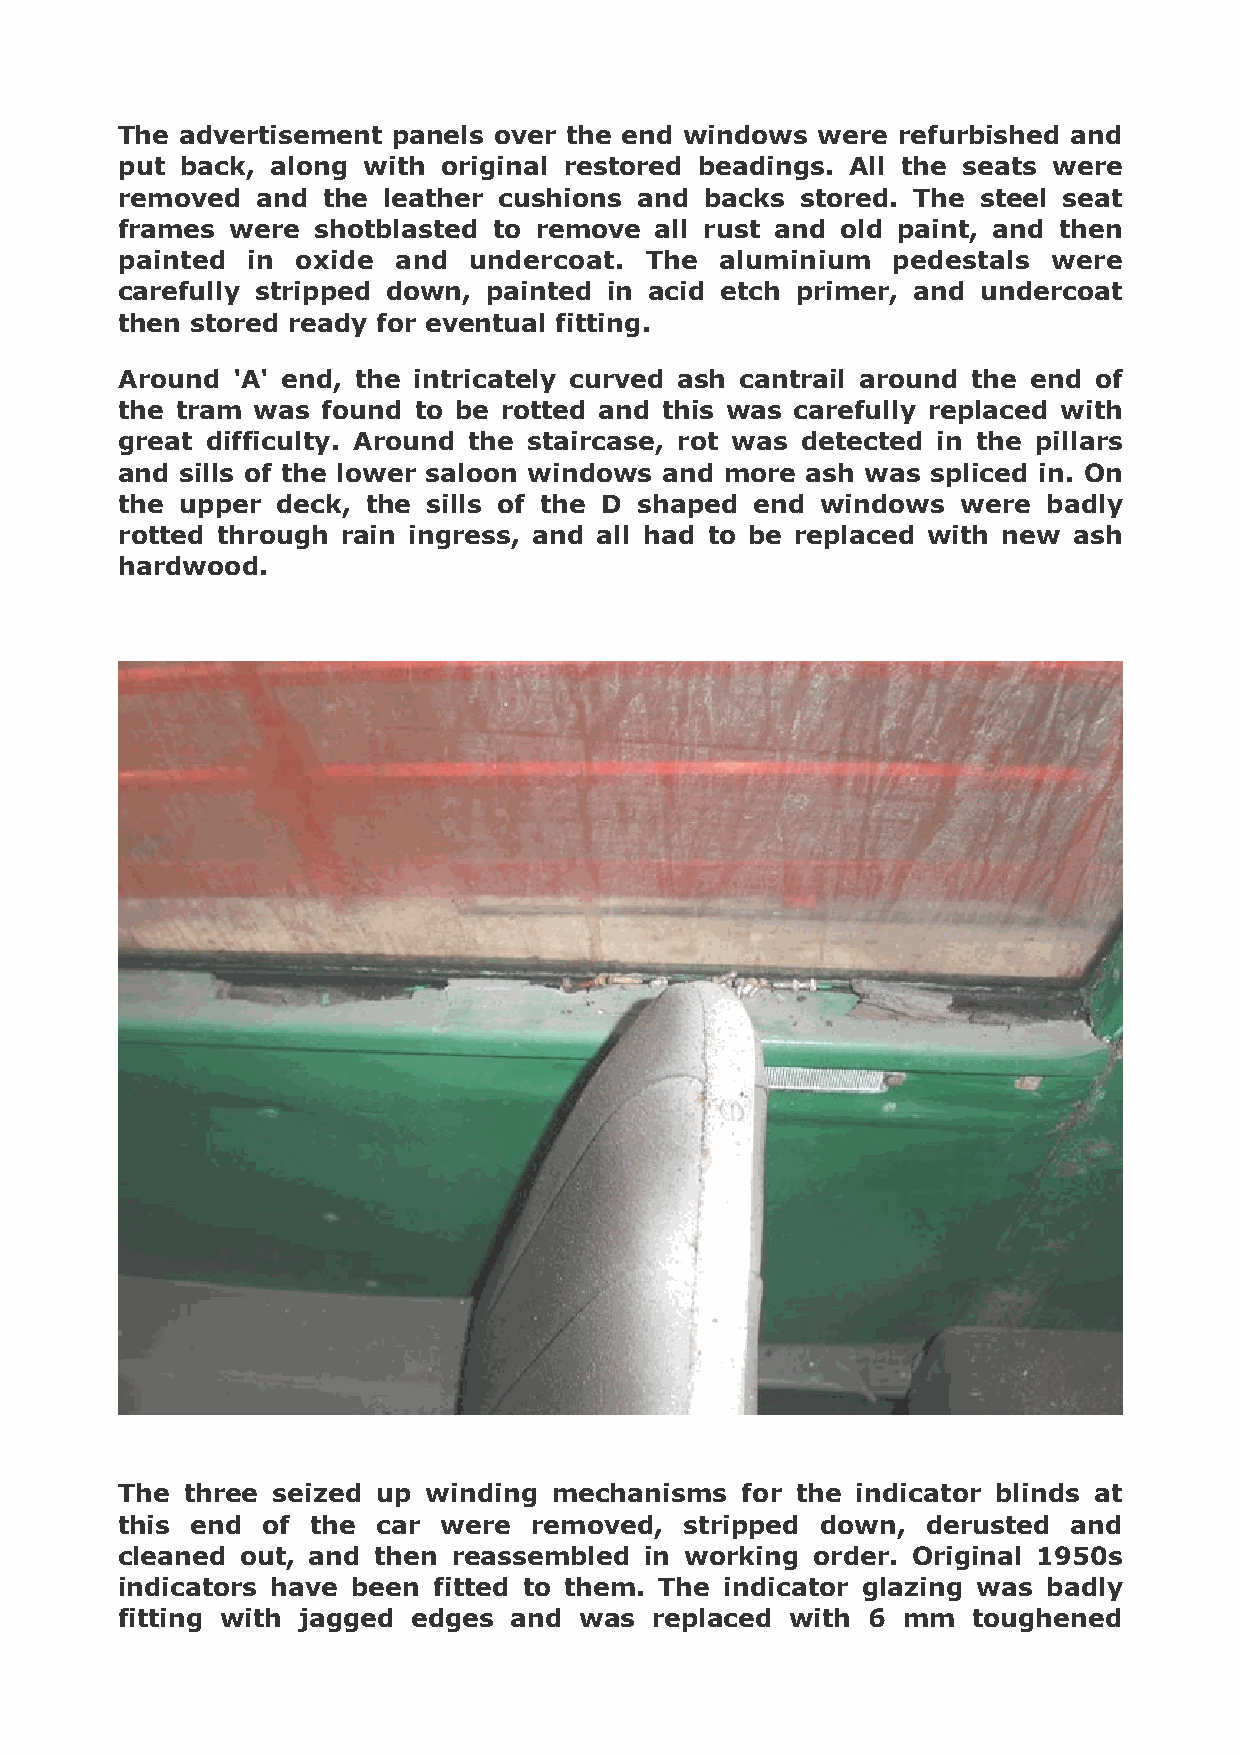
The advertisement panels over the end windows were refurbished and
 put back, along with original restored beadings. All the seats were
 removed  and the leather cushions and  backs stored. The steel seat
 frames were  shotblasted to remove all rust and old paint, and then
 painted in  oxide and  undercoat.  The  aluminium  pedestals  were
 carefully stripped down, painted in acid etch primer, and undercoat
 then stored ready for eventual fitting.
 Around 'A' end, the intricately curved ash cantrail around the end of
 the tram was found to be rotted and this was carefully replaced with
 great difficulty. Around the staircase, rot was detected in the pillars
 and sills of the lower saloon windows and more ash was spliced in. On
 the upper deck, the sills of the D shaped end windows   were badly
 rotted through rain ingress, and all had to be replaced with new ash
 hardwood.
 !
 !
 !
 The three seized up winding  mechanisms  for the indicator blinds at
 this end of  the car were  removed,  stripped down,  derusted  and
 cleaned out, and then reassembled  in working order. Original 1950s
 indicators have been fitted to them. The indicator glazing was badly
 fitting with jagged edges and was  replaced with 6  mm  toughened